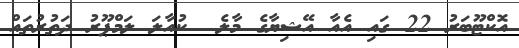
އޮކްޓޫބަރު 22 ގައި އެއާ އޭޝިޔާގެ މާލެ  ކުއާލަ ލަމްޕޫރު ދަތުރުތައް